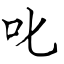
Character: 叱